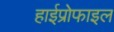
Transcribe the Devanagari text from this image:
हाईप्रोफाइल